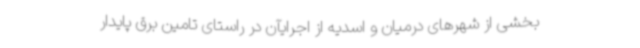
بخشی از شهرهای درمیان و اسدیه از اجرایآن در راستای تامین برق پایدار